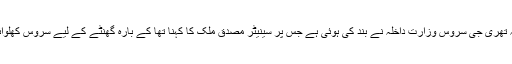
الیکشن کمیشن حکام نے بتایا کہ تھری جی سروس وزارت داخلہ نے بند کی ہوئی ہے جس پر سینیٹر مصدق ملک کا کہنا تھا کے بارہ گھنٹے کے لیے سروس کھلوائی جائے تو مسئلہ حل ہوجائیگا۔